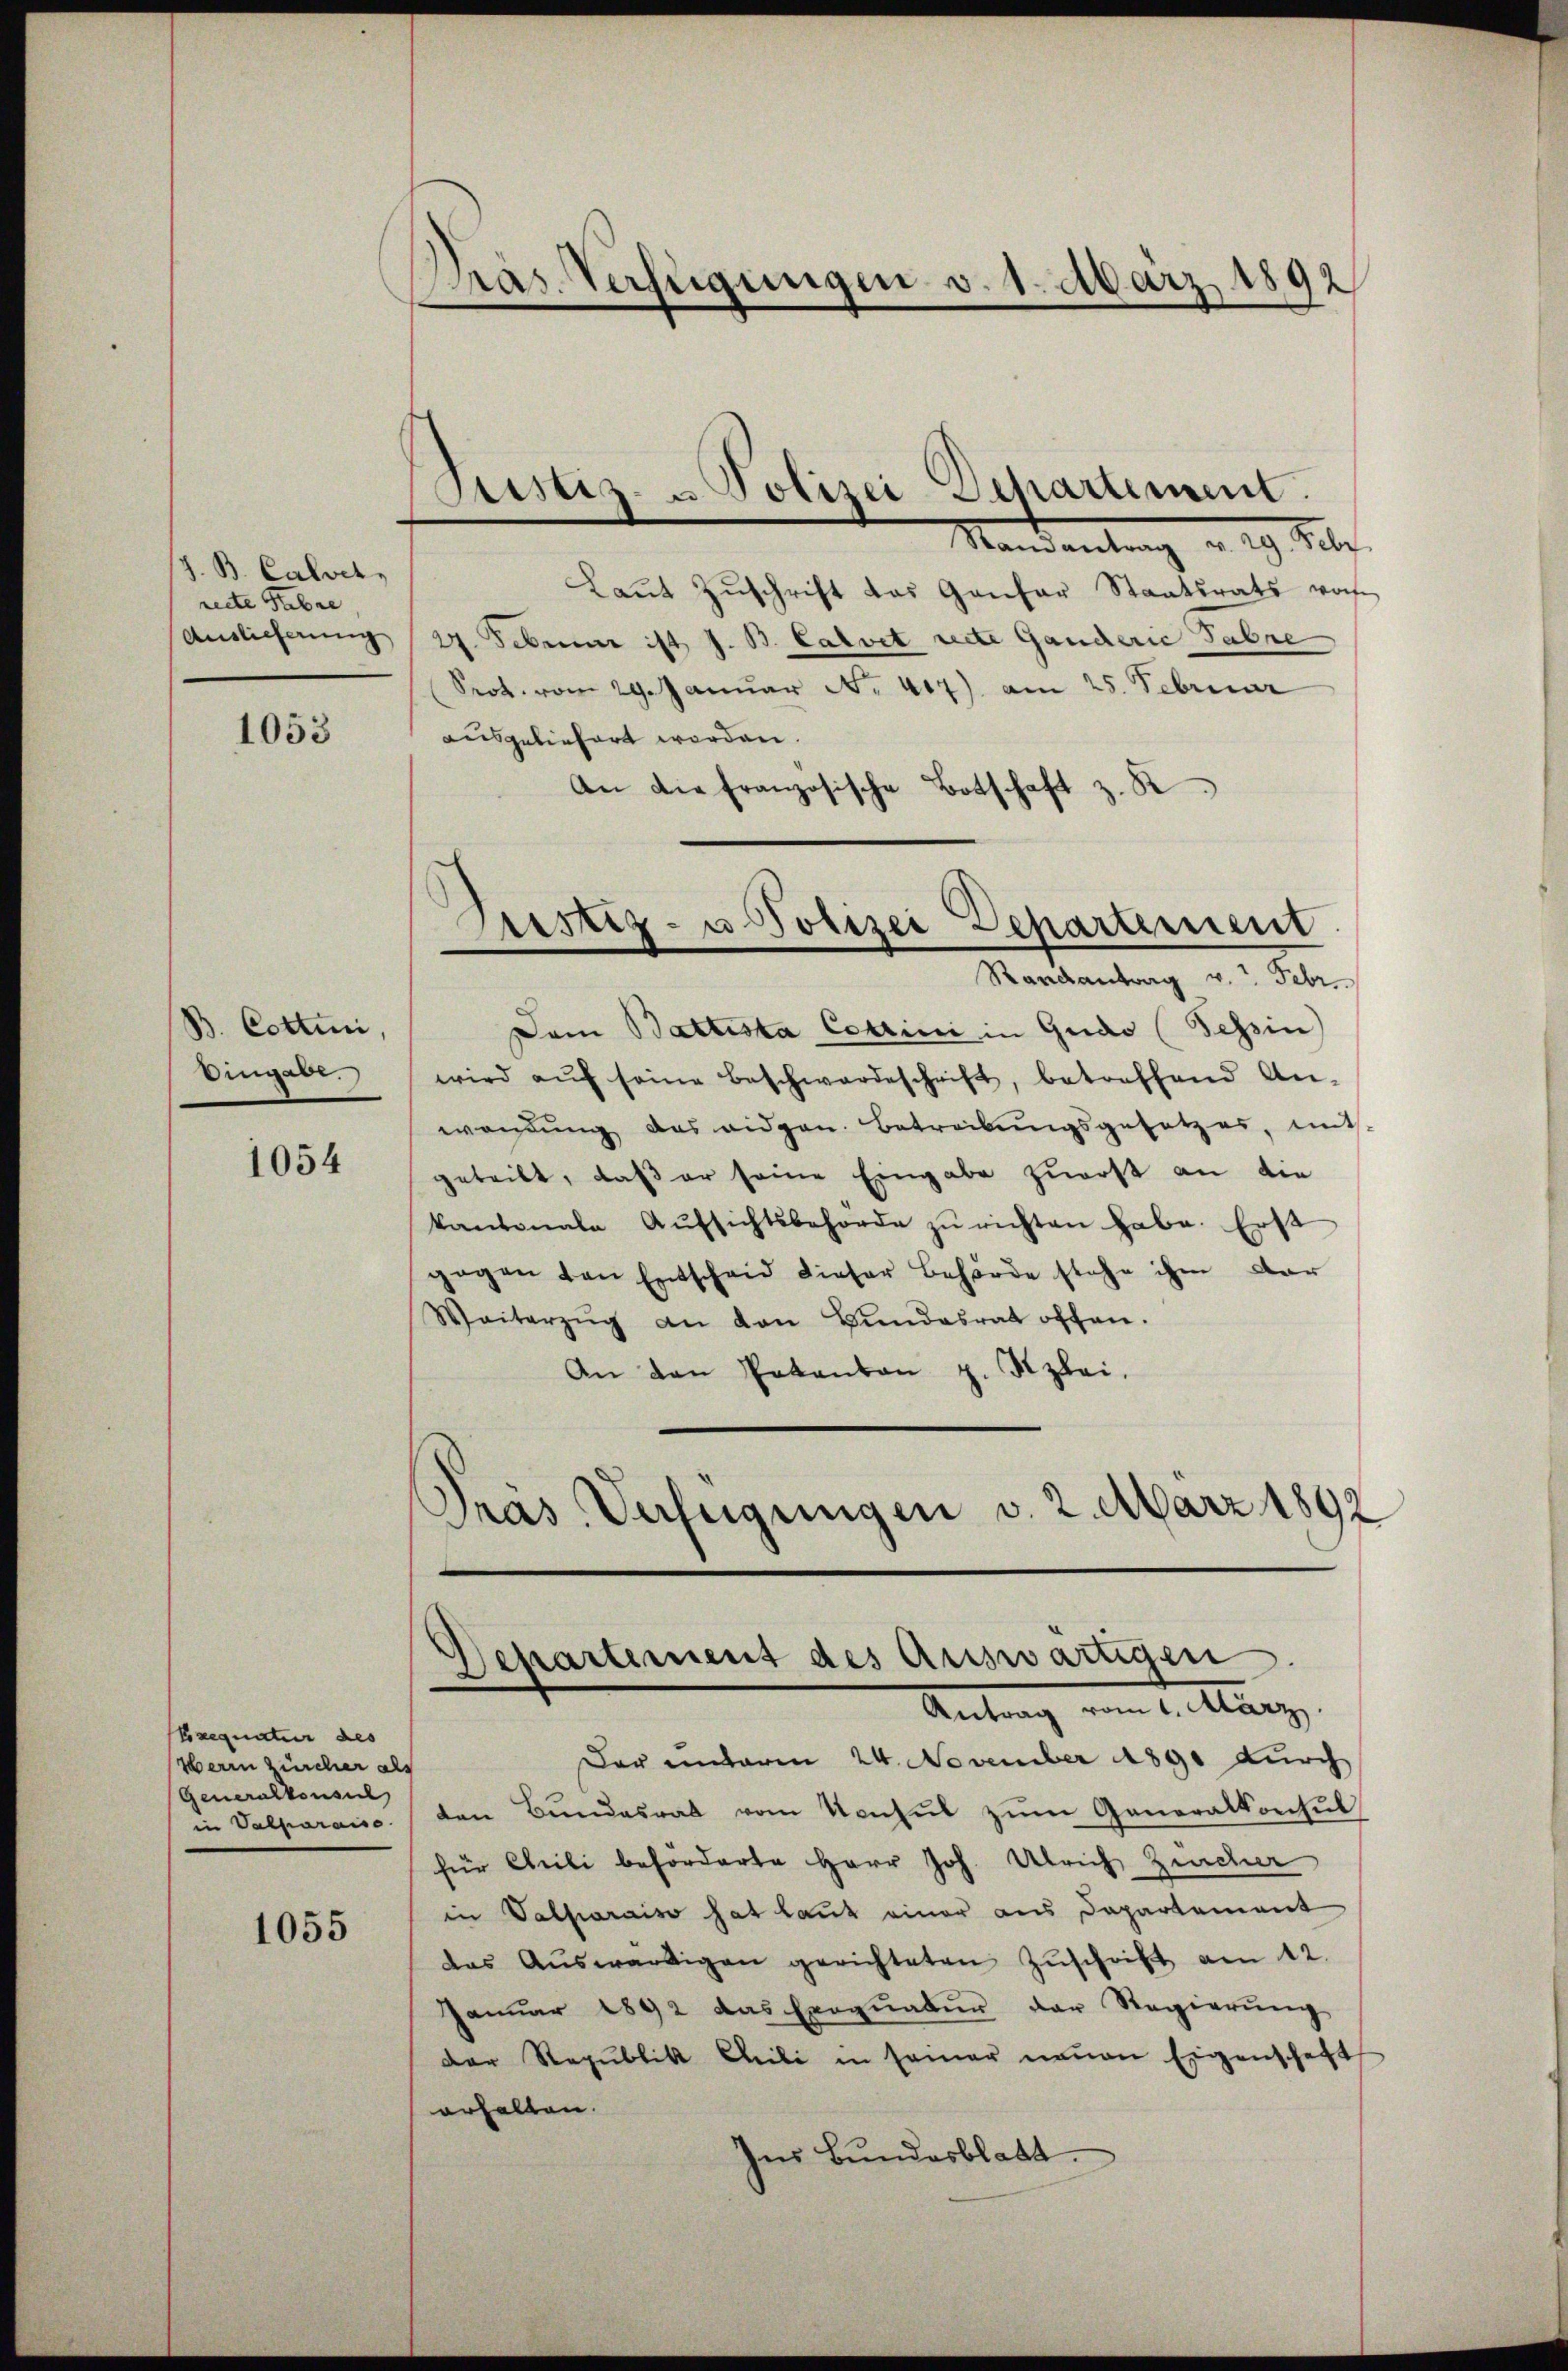
J. B. Calver,
recte Fabre
Auslieferung

1053

B. Cottin,
Eingabe.

1054

Exequatur des
Werin zürcher als
Generalkonsul
in Valparaiso

1055

Pras. Verfügungen v. 1. März 1892

Stistiz- u Polizei Departement.
Mandantung a. 19. Mar

Justiz- u Polizei Departement
Randantrag v. Febr.

Laŭt Zŭschrift das Gantar Staatsrats woh
27. Februar ist z. B. Calvet recte Ganderić Sabre
Prot. vom 29. Januar No. 417) am 25. Februar
ausgeliefert werden.
An die französische Botschaft z. K
d

Dem Battesta Courini in Gudo (Tessin
wird aŭf seine Beschwardeschrift, betreffend An-
wendung das eidgen. Betreibungsgesetzes, mit-
geteilt, daß er seine Eingabe zuerst an die
kantonale Aŭfsichtsbehörde zŭ richten habe. Erst
gegen von Entscheid dieser Behörde stehe ihm dar
Weiterzŭg an den Bundesrat offen.
An den Pakanton z. Kzlei.
Pras Verfügungen v. 2. März 1892

Separtement des auswärtigen
Antrag vom 1. März.

Der unteren 24. November 1891 durch
ten Bundesrat vom Konsul zum Generalkonsul
für Meili beforderte Herr Joh. Ulrich Zürcher
in Valparaiso hat laut einer aus Departement
das Aŭswärtigen gerichteten Zŭschrift am 12.
Januar 1892 das Exequatur der Regierŭng
der Republik Cili in seiner neuen Eigenschaft
erhalten.
Ins Bundesblatt.